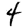
Digit: 4